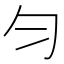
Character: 匀